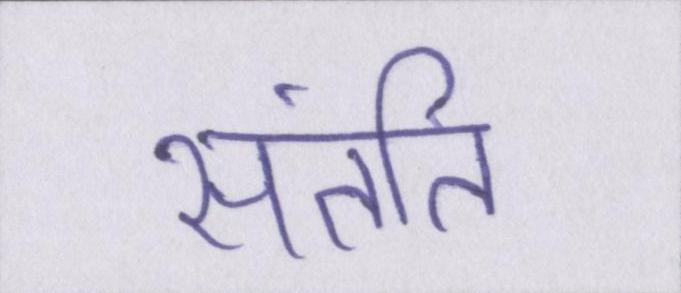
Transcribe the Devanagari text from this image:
संतति